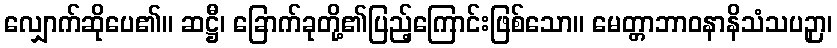
လျှောက်ဆိုပေ၏။ ဆဋ္ဌီ၊ ခြောက်ခုတို့၏ပြည့်ကြောင်းဖြစ်သော။ မေတ္တာဘာဝနာနိသံသပဉှာ၊